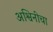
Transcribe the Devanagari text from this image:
अश्विनीचा